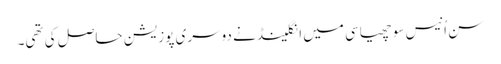
سن اُنیس سو چھیاسی میں انگلینڈ نے دوسری پوزیشن حاصل کی تھی۔